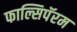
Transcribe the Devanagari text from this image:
फाल्सिपॅरम